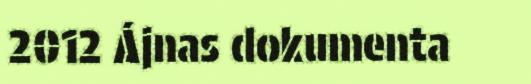
2012 Ájnas dokumenta